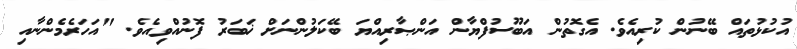
އުކުޅުތައް ބޭނުން ކުރިއެވެ. އެގޮތުން އަބޫސުފްޔާން އަންޞާރިއްޔަ ބޭކަލުންނަށް ޚަބަރު ފޮނުއްވިއެވެ. "އަހަރެމެންނާއި